Notes on the propagation and cultivation of the medicinal cinchonas, or Peruvian bark trees
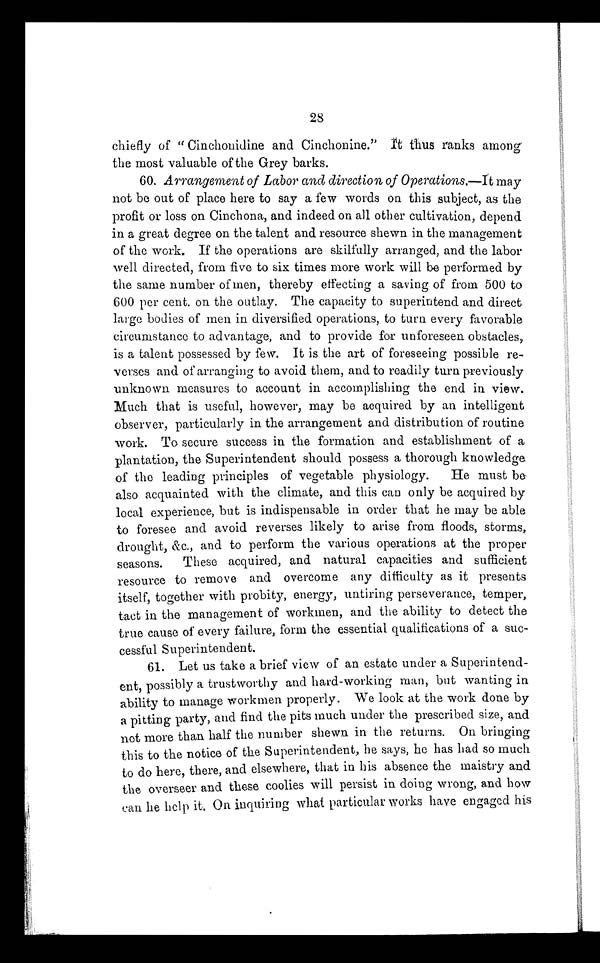
28
chiefly of " Cinchonidine and Cinchonine."It thus ranks among
the most valuable of the Grey barks.
60.Arrangement of Labor and direction of Operations,—It may
not be out of place here to say a few words on this subject, as the
profit or loss on Cinchona, and indeed on all other cultivation, depend
in a great degree on the talent and resource shewn in the management
of the work. If the operations are skilfully arranged, and the labor
well directed, from five to six times more work will be performed by
the same number of men, thereby effecting a saving of from 500 to
600 per cent. on the outlay. The capacity to superintend and direct
large bodies of men in diversified operations, to turn every favorable
circumstance to advantage, and to provide for unforeseen obstacles,
is a talent possessed by few. It is the art of foreseeing possible re-
verses and of arranging to avoid them, and to readily turn previously
unknown measures to account in accomplishing the end in view.
Much that is useful, however, may be acquired by an intelligent
observer, particularly in the arrangement and distribution of routine
work. To secure success in the formation and establishment of a
plantation, the Superintendent should possess a thorough knowledge
of the leading principles of vegetable physiology. He must be
also acquainted with the climate, and this can only be acquired by
local experience, but is indispensable in order that he may be able
to foresee and avoid reverses likely to arise from floods, storms,
drought, &c., and to perform the various operations at the proper
seasons. These acquired, and natural capacities and sufficient
resource to remove and overcome any difficulty as it presents
itself, together with probity, energy, untiring perseverance, temper,
tact in the management of workmen, and the ability to detect the
true cause of every failure, form the essential qualifications of a suc
-cessful Superintendent.
61. Let us take a brief view of an estate under a Superintend
- e n t , p o s s i b l y a t r u s t w o r t h y a n d h a r d - w o r k i n g m a n , b u t w a n t i n g i n
ability to manage workmen properly. We look at the work done by
a pitting party, and find the pits much under the prescribed size, and
not more than half the number shewn in the returns. On bringing
this to the notice of the Superintendent, he says, he has had so much
to do here, there, and elsewhere, that in his absence the maistry and
the overseer and these coolies will persist in doing wrong, and how
c a n h e h e l p i t . O n i n q u i r i n g w h a t p a r t i c u l a r w o r k s h a v e e n g a g e d h i s